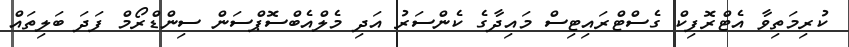
ކުރިމަތިވާ އެޓްރޮފިކް ގެސްޓްރައިޓިސް މައިދާގެ ކެންސަރު އަދި މެލްއެބްސޮޕްސަން ސިންޑްރޯމް ފަދަ ބަލިތައް